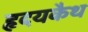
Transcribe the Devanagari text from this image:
हृदयकैथ